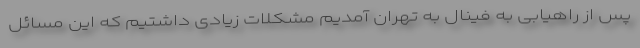
پس از راهیابی به فینال به تهران آمدیم مشکلات زیادی داشتیم که این مسائل